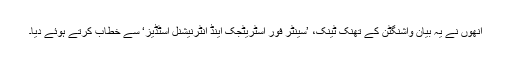
اُنھوں نے یہ بیان واشنگٹن کے تھنک ٹینک، ’سینٹر فور اسٹریٹجک اینڈ انٹرنیشنل اسٹڈیز‘ سے خطاب کرتے ہوئے دیا۔